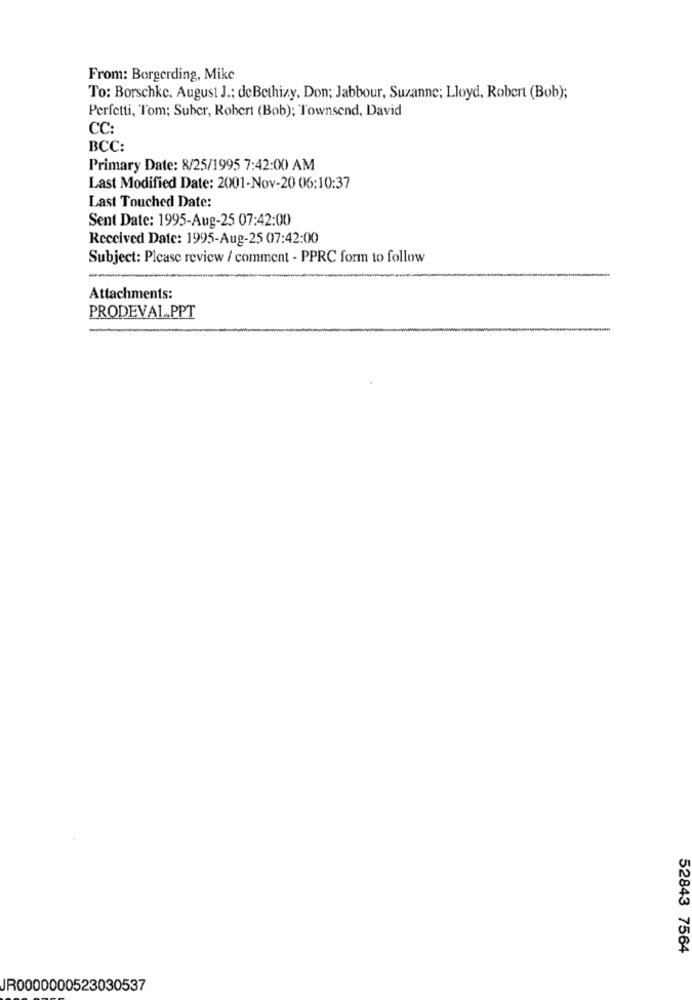
From: Borgerding, Mike
To: Borschke. August J .; deBethizy, Don; Jabbour, Suzanne; Lloyd, Robert (Bob);
Perfetti, Tom; Suber, Robert (Bob); Townsend, David
CC:
BCC:
Primary Date: 8/25/1995 7:42:00 AM
Last Modified Date: 2001-Nov-20 06:10:37
Last Touched Date:
Sent Date: 1995-Aug-25 07:42:00
Received Date: 1995-Aug-25 07:42:00
Subject: Please review / comment - PPRC form to follow
Attachments:
PRODEVAL_PPT
52843 7564
JR0000000523030537